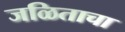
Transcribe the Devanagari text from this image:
जळिताचा